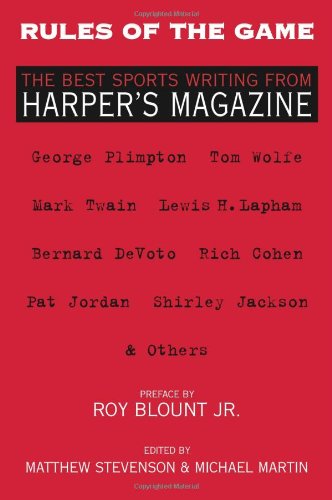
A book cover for Rules of the Game: The Best Sports Writing from Harper's Magazine (The American Retrospective Series); Matthew Stevenson; Sports & Outdoors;